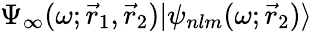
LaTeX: {\Psi_{\infty}(\omega;\vec{r}_{1},\vec{r}_{2})|\psi_{nlm}(\omega;\vec{r}_{2})\rangle}